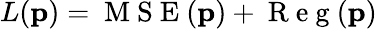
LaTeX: L(\mathbf{p})=\mathrm{~M~S~E~}(\mathbf{p})+\mathrm{~R~e~g~}(\mathbf{p})